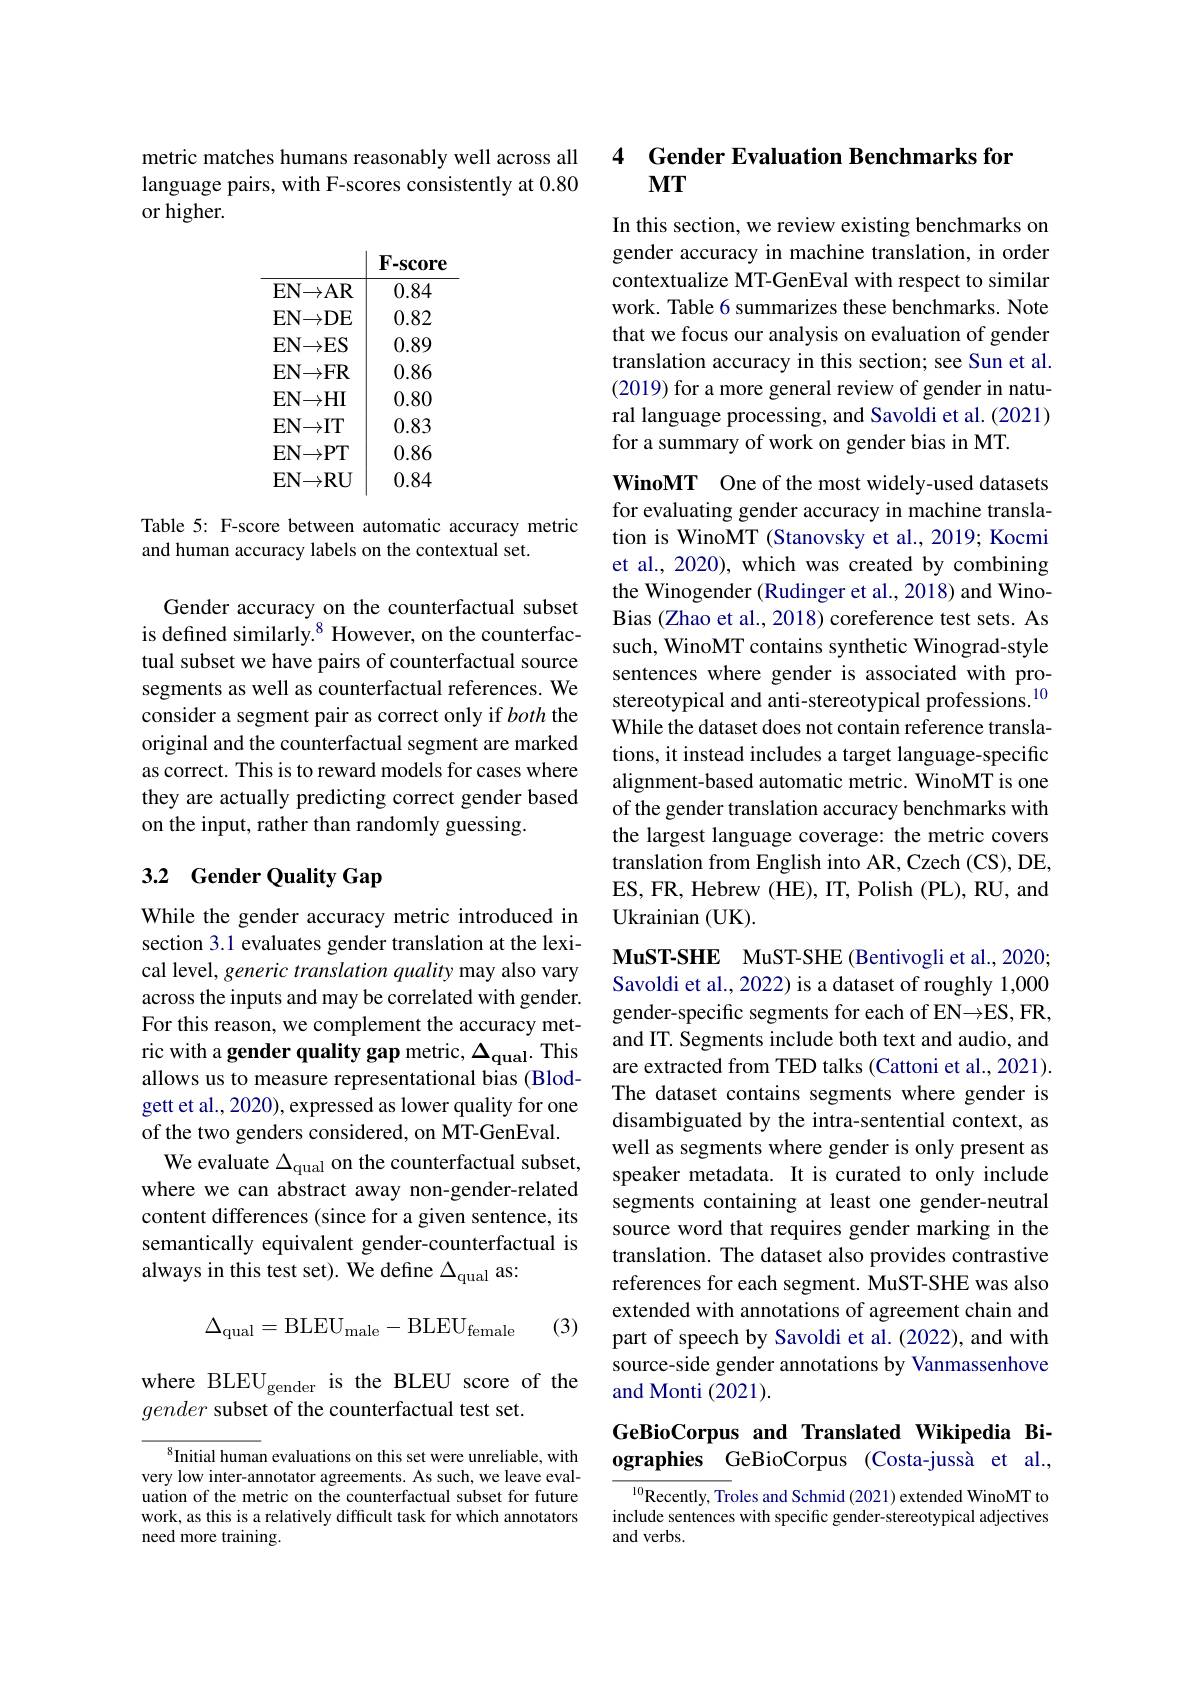
metric matches humans reasonably well across all language pairs, with F-scores consistently at 0.80 or higher.

F-score
EN$\to$AR
0.84
EN$\to$DE
0.82
EN$\to$ES
0.89
EN$\to$FR
0.86
EN$\to$HI
0.80
EN$\to$IT
0.83
EN$\to$PT
0.860.84
EN$\to$RU

Table 5: F-score between automatic accuracy metric
and human accuracy labels on the contextual set.

Gender accuracy on the counterfactual subset is defined similarly.$^{8}$ However, on the counterfactual subset we have pairs of counterfactual source segments as well as counterfactual references. We consider a segment pair as correct only if both the original and the counterfactual segment are marked as correct. This is to reward models for cases where they are actually predicting correct gender based on the input, rather than randomly guessing.

# 3.2 Gender Quality Gap

While the gender accuracy metric introduced in section 3.1 evaluates gender translation at the lexical level, generic translation quality may also vary across the inputs and may be correlated with gender. For this reason, we complement the accuracy metric with a gender quality gap metric, $\Delta_\mathrm{qual}.$ This allows us to measure representational bias (Blodgett et al., 2020), expressed as lower quality for one of the two genders considered, on MT-GenEval.
We evaluate $\Delta_\mathrm{qual}$ on the counterfactual subset, where we can abstract away non-gender-related content differences (since for a given sentence, its semantically equivalent gender-counterfactual is always in this test set). We define $\Delta_\mathrm{qual}$ as:
$$\Delta_{\mathrm{qual}}=\mathrm{BLEU}_{\mathrm{male}}-\mathrm{BLEU}_{\mathrm{female}}$$
(3)

where BLEU$_\mathrm{gender}$ is the BLEU score of the
gender subset of the counterfactual test set.

$^{8}$Initial human evaluations on this set were unreliable, with very low inter-annotator agreements. As such, we leave evaluation of the metric on the counterfactual subset for future work, as this is a relatively difficult task for which annotators need more training.

4 Gender Evaluation Benchmarks for
## $MT$

In this section, we review existing benchmarks on gender accuracy in machine translation, in order contextualize MT-GenEval with respect to similar work. Table 6 summarizes these benchmarks. Note that we focus our analysis on evaluation of gender translation accuracy in this section; see Sun et al. (2019) for a more general review of gender in natural language processing, and Savoldi et al. (2021) for a summary of work on gender bias in MT.

WinoMT One of the most widely-used datasets for evaluating gender accuracy in machine translation is WinoMT (Stanovsky et al., 2019; Kocmi et al., 2020), which was created by combining the Winogender (Rudinger et al., 2018) and WinoBias (Zhao et al., 2018) coreference test sets. As such, WinoMT contains synthetic Winograd-style sentences where gender is associated with prostereotypical and anti-stereotypical professions.$^{10}$ While the dataset does not contain reference translations, it instead includes a target language-specific alignment-based automatic metric. WinoMT is one of the gender translation accuracy benchmarks with the largest language coverage: the metric covers translation from English into AR, Czech (CS), DE, ES, FR, Hebrew (HE), IT, Polish (PL), RU, and ${\mathrm{Ukrainian~(UK)}}.$

MuST-SHE MuST-SHE (Bentivogli et al., 2020; Savoldi et al., 2022) is a dataset of roughly 1,000 gender-specific segments for each of EN $\to$E$S, FR$, and IT. Segments include both text and audio, and are extracted from TED talks (Cattoni et al., 2021). The dataset contains segments where gender is disambiguated by the intra-sentential context, as well as segments where gender is only present as speaker metadata. It is curated to only include segments containing at least one gender-neutral source word that requires gender marking in the translation. The dataset also provides contrastive references for each segment. MuST-SHE was also extended with annotations of agreement chain and part of speech by Savoldi et al.(2022), and with source-side gender annotations by Vanmassenhove and Monti (2021).

# GeBioCorpus and Translated Wikipedia Biographies GeBioCorpus (Costa-jussà et al.,

$^{10}$Recently, Troles and Schmid (2021) extended WinoMT to include sentences with specific gender-stereotypical adjectives and verbs.